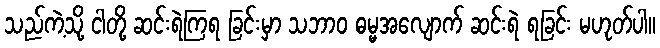
သည်ကဲ့သို့ ငါတို့ ဆင်းရဲကြရ ခြင်းမှာ သဘာဝ ဓမ္မအလျောက် ဆင်းရဲ ရခြင်း မဟုတ်ပါ။